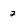
Character: 2